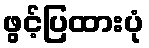
ဖွင့်ပြထားပုံ